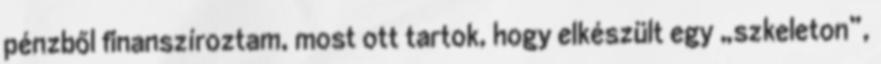
pénzből finanszíroztam, most ott tartok, hogy elkészült egy „szkeleton”,